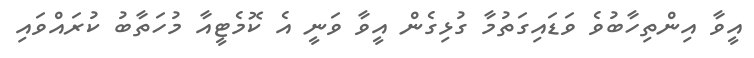
އީވާ އިންތިހާބުވެ ވަޑައިގަތުމާ ގުޅިގެން އީވާ ވަނީ އެ ކޮމެޓީއާ މުހަތާބު ކުރައްވައި